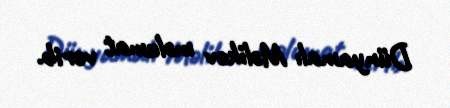
Dünyamalı Məlikov məlumat verib.